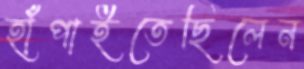
হাঁপাইতেছিলেন